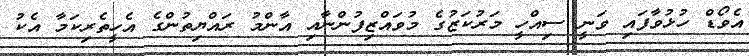
އެވޯޑް ހުޅުވާފައި ވަނީ ސިއްހީ މަރުކަޒުގެ މުވައްޒިފުންނާއި އާންމު ރައްޔިތުންގެ އެހީތެރިކަމާ އެކު